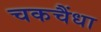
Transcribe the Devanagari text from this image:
चकचैंधा